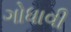
ગોધાવી